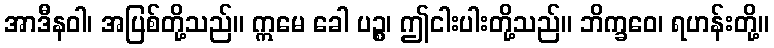
အာဒီနဝါ၊ အပြစ်တို့သည်။ ဣမေ ခေါ ပဉ္စ၊ ဤငါးပါးတို့သည်။ ဘိက္ခဝေ၊ ရဟန်းတို့။